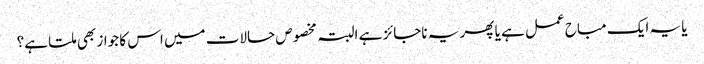
یا یہ ایک مباح عمل ہے یا پھر یہ ناجائز ہے البتہ مخصوص حالات میں اس کا جواز بھی ملتا ہے؟